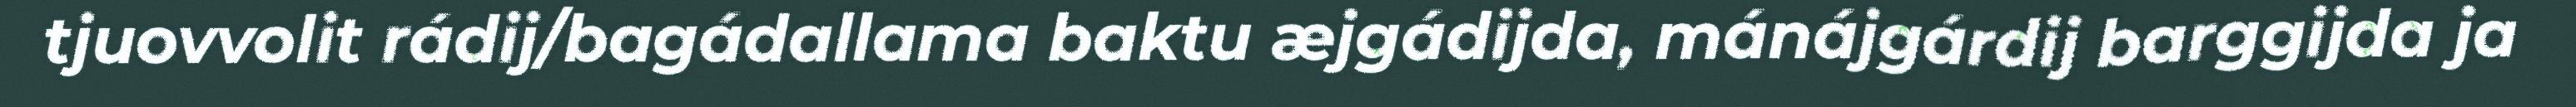
tjuovvolit rádij/bagádallama baktu æjgádijda, mánájgárdij barggijda ja